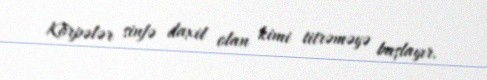
Körpələr sinfə daxil olan kimi titrəməyə başlayır.